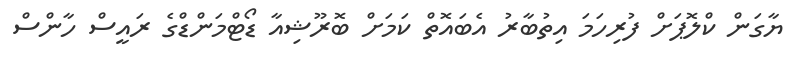
ޔާގަން ކްލޮޕަށް ފުރިހަަމަ އިތުބާރު އެބައޮތް ކަމަށް ބޮރޫޝިއާ ޑޯޓްމަންޑްގެ ރައީސް ހާންސް